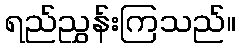
ရည်ညွှန်းကြသည်။